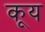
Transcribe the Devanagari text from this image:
कूय